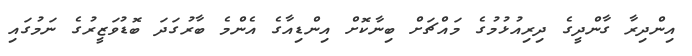
އިންދިރާ ގާންދީގެ ދިރިއުޅުމުގެ މައްޗަށް ބިނާކޮށް އިންޑިއާގެ އެންމެ ބާރުގަދަ ބޮޑުވަޒީރުގެ ނަމުގައި